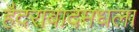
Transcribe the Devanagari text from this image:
हैदराबादमधला